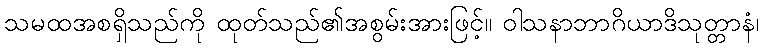
သမထအစရှိသည်ကို ထုတ်သည်၏အစွမ်းအားဖြင့်။ ဝါသနာဘာဂိယာဒိသုတ္တာနံ၊